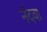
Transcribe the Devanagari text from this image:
नंदवा